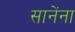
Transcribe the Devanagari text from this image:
सानेंना